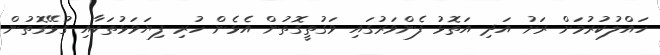
ހައްލުކުރުމަށް ރަށު އަދި އަތޮޅު ފެންވަރުގައި ވަގުތީގޮތުން އެޅެން ހުރި ފިޔަވަޅުތަކާއި ގުޅޭގޮތުން